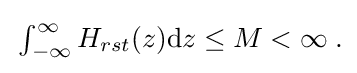
{\textstyle \,\int _{-\infty }^{\infty }H_{rst}(z)\mathrm {d} z\leq M<\infty \;.}